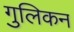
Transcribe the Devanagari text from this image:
गुलिकन